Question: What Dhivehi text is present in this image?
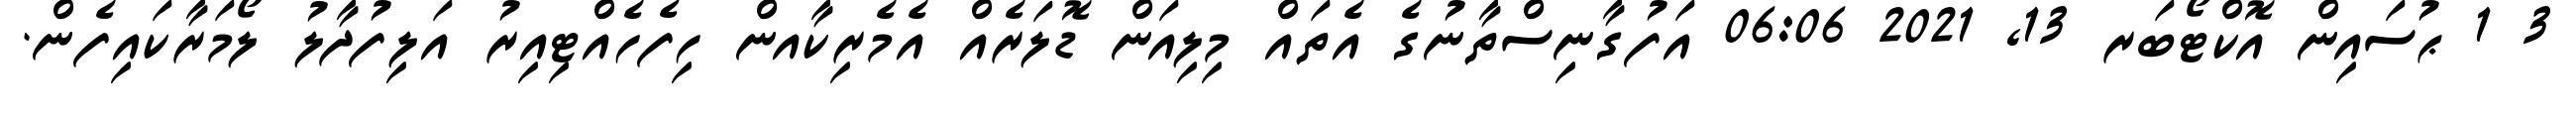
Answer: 3 1 ޙުސައިން އޮކްޓޯބަރ 13, 2021 06:06 އަފުގާނިސްތާނުގެ އެތައް މިލިއަން ޑޮލަރެއް އެމެރިކާއން ހިފެހެއްޓިއިރު އަލިފުދާލު ލޯމަރާކައިފެން.